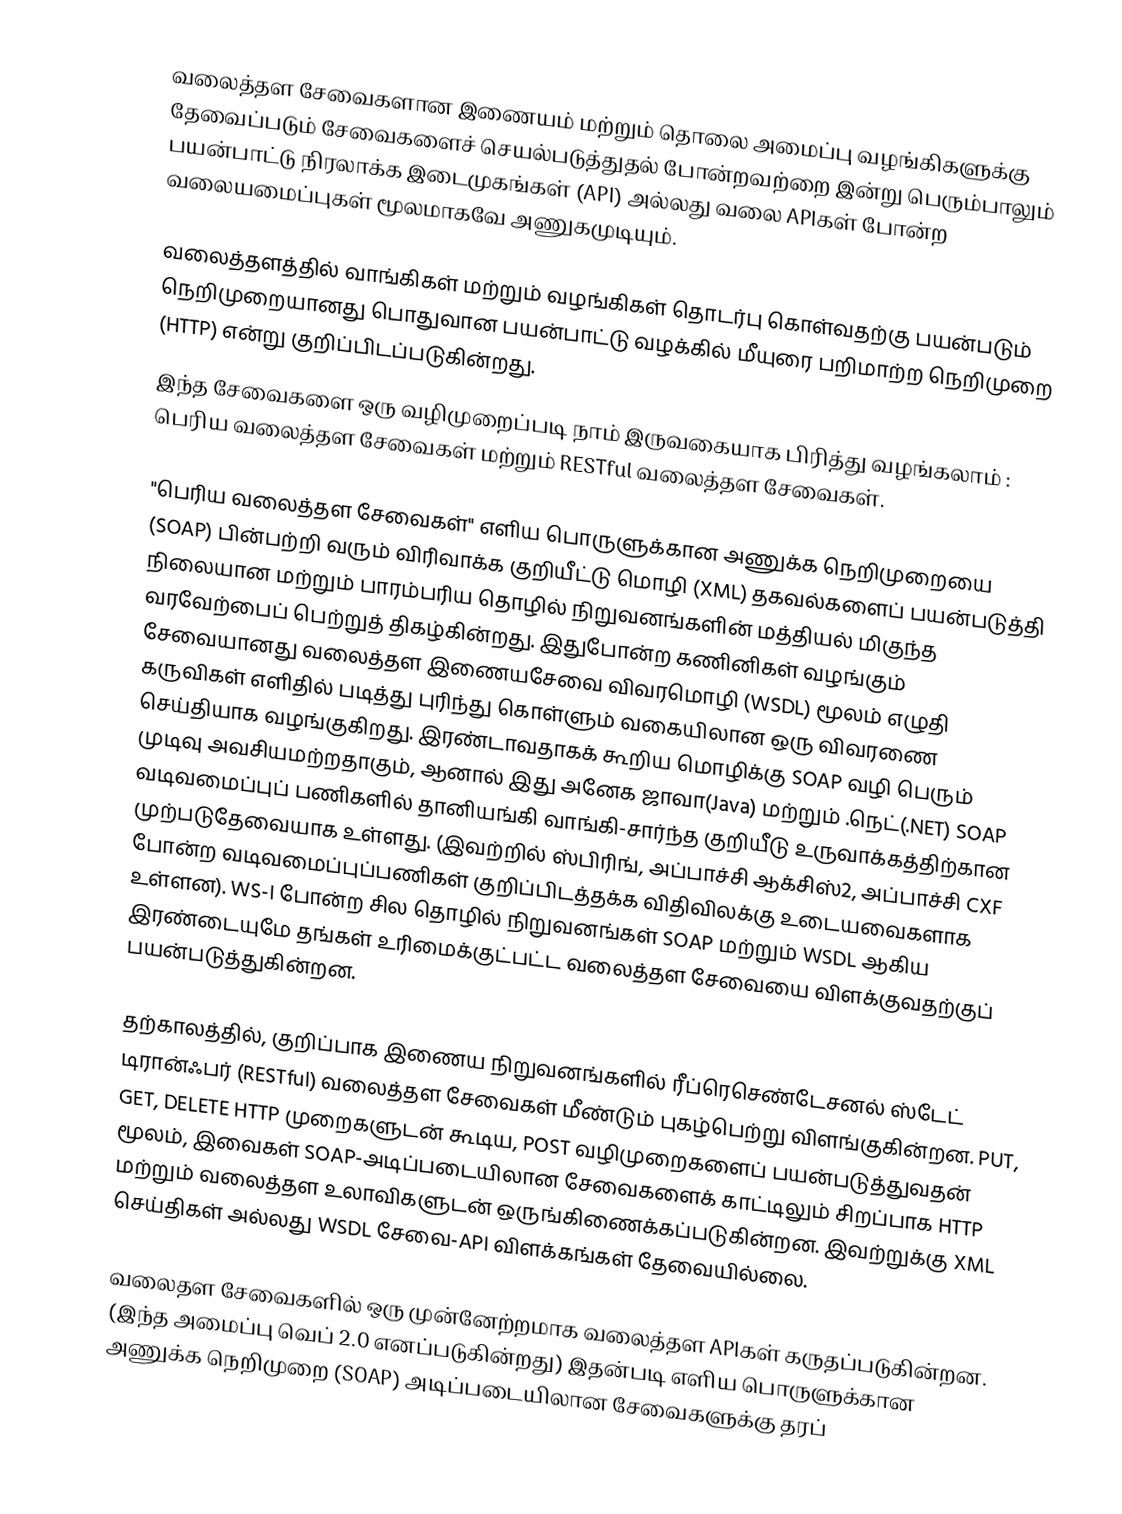
வலைத்தள சேவைகளான இணையம் மற்றும் தொலை அமைப்பு வழங்கிகளுக்கு தேவைப்படும் சேவைகளைச் செயல்படுத்துதல் போன்றவற்றை இன்று பெரும்பாலும் பயன்பாட்டு நிரலாக்க இடைமுகங்கள் (API) அல்லது வலை APIகள் போன்ற வலையமைப்புகள் மூலமாகவே அணுகமுடியும்.

வலைத்தளத்தில் வாங்கிகள் மற்றும் வழங்கிகள் தொடர்பு கொள்வதற்கு பயன்படும் நெறிமுறையானது பொதுவான பயன்பாட்டு வழக்கில் மீயுரை பறிமாற்ற நெறிமுறை (HTTP) என்று குறிப்பிடப்படுகின்றது.
இந்த சேவைகளை ஒரு வழிமுறைப்படி நாம் இருவகையாக பிரித்து வழங்கலாம் : பெரிய வலைத்தள சேவைகள் மற்றும் RESTful வலைத்தள சேவைகள்.

"பெரிய வலைத்தள சேவைகள்" எளிய பொருளுக்கான அணுக்க நெறிமுறையை (SOAP) பின்பற்றி வரும் விரிவாக்க குறியீட்டு மொழி (XML) தகவல்களைப் பயன்படுத்தி நிலையான மற்றும் பாரம்பரிய தொழில் நிறுவனங்களின் மத்தியல் மிகுந்த வரவேற்பைப் பெற்றுத் திகழ்கின்றது. இதுபோன்ற கணினிகள் வழங்கும் சேவையானது வலைத்தள இணையசேவை விவரமொழி (WSDL) மூலம் எழுதி கருவிகள் எளிதில் படித்து புரிந்து கொள்ளும் வகையிலான ஒரு விவரணை செய்தியாக வழங்குகிறது. இரண்டாவதாகக் கூறிய மொழிக்கு SOAP வழி பெரும் முடிவு அவசியமற்றதாகும், ஆனால் இது அனேக ஜாவா(Java) மற்றும் .நெட்(.NET) SOAP வடிவமைப்புப் பணிகளில் தானியங்கி வாங்கி-சார்ந்த குறியீடு உருவாக்கத்திற்கான முற்படுதேவையாக உள்ளது. (இவற்றில் ஸ்பிரிங், அப்பாச்சி ஆக்சிஸ்2, அப்பாச்சி CXF போன்ற வடிவமைப்புப்பணிகள் குறிப்பிடத்தக்க விதிவிலக்கு உடையவைகளாக உள்ளன). WS-I போன்ற சில தொழில் நிறுவனங்கள் SOAP மற்றும் WSDL ஆகிய இரண்டையுமே தங்கள் உரிமைக்குட்பட்ட வலைத்தள சேவையை விளக்குவதற்குப் பயன்படுத்துகின்றன.

தற்காலத்தில், குறிப்பாக இணைய நிறுவனங்களில் ரீப்ரெசெண்டேசனல் ஸ்டேட் டிரான்ஃபர் (RESTful) வலைத்தள சேவைகள் மீண்டும் புகழ்பெற்று விளங்குகின்றன. PUT, GET, DELETE HTTP முறைகளுடன் கூடிய, POST வழிமுறைகளைப் பயன்படுத்துவதன் மூலம், இவைகள் SOAP-அடிப்படையிலான சேவைகளைக் காட்டிலும் சிறப்பாக HTTP மற்றும் வலைத்தள உலாவிகளுடன் ஒருங்கிணைக்கப்படுகின்றன. இவற்றுக்கு XML செய்திகள் அல்லது WSDL சேவை-API விளக்கங்கள் தேவையில்லை.

வலைதள சேவைகளில் ஒரு முன்னேற்றமாக வலைத்தள APIகள் கருதப்படுகின்றன. (இந்த அமைப்பு வெப் 2.0 எனப்படுகின்றது) இதன்படி எளிய பொருளுக்கான அணுக்க நெறிமுறை (SOAP) அடிப்படையிலான சேவைகளுக்கு தரப்